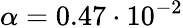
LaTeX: \alpha=0.47\cdot 10^{-2}